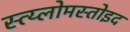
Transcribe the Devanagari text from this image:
स्त्य्लोमस्तोइद